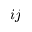
i j